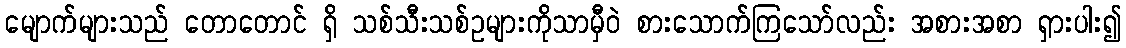
မျောက်များသည် တောတောင် ရှိ သစ်သီးသစ်ဥများကိုသာမှီဝဲ စားသောက်ကြသော်လည်း အစားအစာ ရှားပါး၍